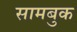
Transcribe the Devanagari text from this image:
सामबुक